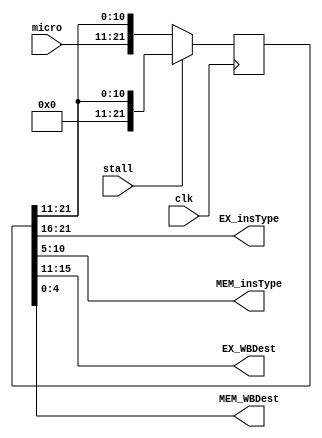
/*****************************************************
 * MEMWB           *
 * EXmicroCoder        *
 * microTranfer*
 *   *
 *****************************************************/

module microTransfer(clk, stall, micro,        //
                     EX_insType, MEM_insType,  // 
                     EX_WBDest, MEM_WBDest);   // 
    input clk, stall;
    input [10:0] micro;

    reg [21:0] microPipeline;  //

    // EXMEM
    output [5:0] EX_insType, MEM_insType;
    output [4:0] EX_WBDest, MEM_WBDest;

    // 
    assign EX_insType  = microPipeline[21:16];
    assign EX_WBDest   = microPipeline[15:11];
    assign MEM_insType = microPipeline[10:5];
    assign MEM_WBDest  = microPipeline[4:0];

    initial begin
        microPipeline <= 'bx; // x
    end

    always @(posedge clk) begin
        // microxx
        if (stall) begin      // stall
            // 010
            // stallbubble
            microPipeline <= {11'd0, microPipeline[21:11]};
        end
        else microPipeline <= {micro, microPipeline[21:11]};
    end
endmodule